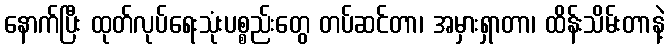
နောက်ပြီး ထုတ်လုပ်ရေးသုံးပစ္စည်းတွေ တပ်ဆင်တာ၊ အမှားရှာတာ၊ ထိန်းသိမ်းတာနဲ့